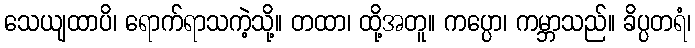
သေယျထာပိ၊ ရောက်ရာသကဲ့သို့။ တထာ၊ ထို့အတူ။ ကပ္ပော၊ ကမ္ဘာသည်။ ခိပ္ပတရံ၊